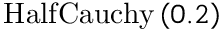
\mathrm { H a l f C a u c h y } \left( 0 . 2 \right)